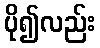
ပို၍လည်း